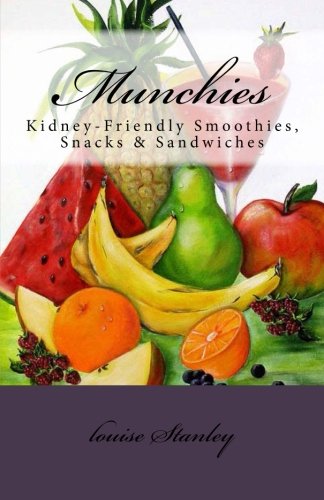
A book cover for Munchies: Kidney-Friendly Smoothies, Snacks & Sandwiches; louise Stanley; Cookbooks, Food & Wine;